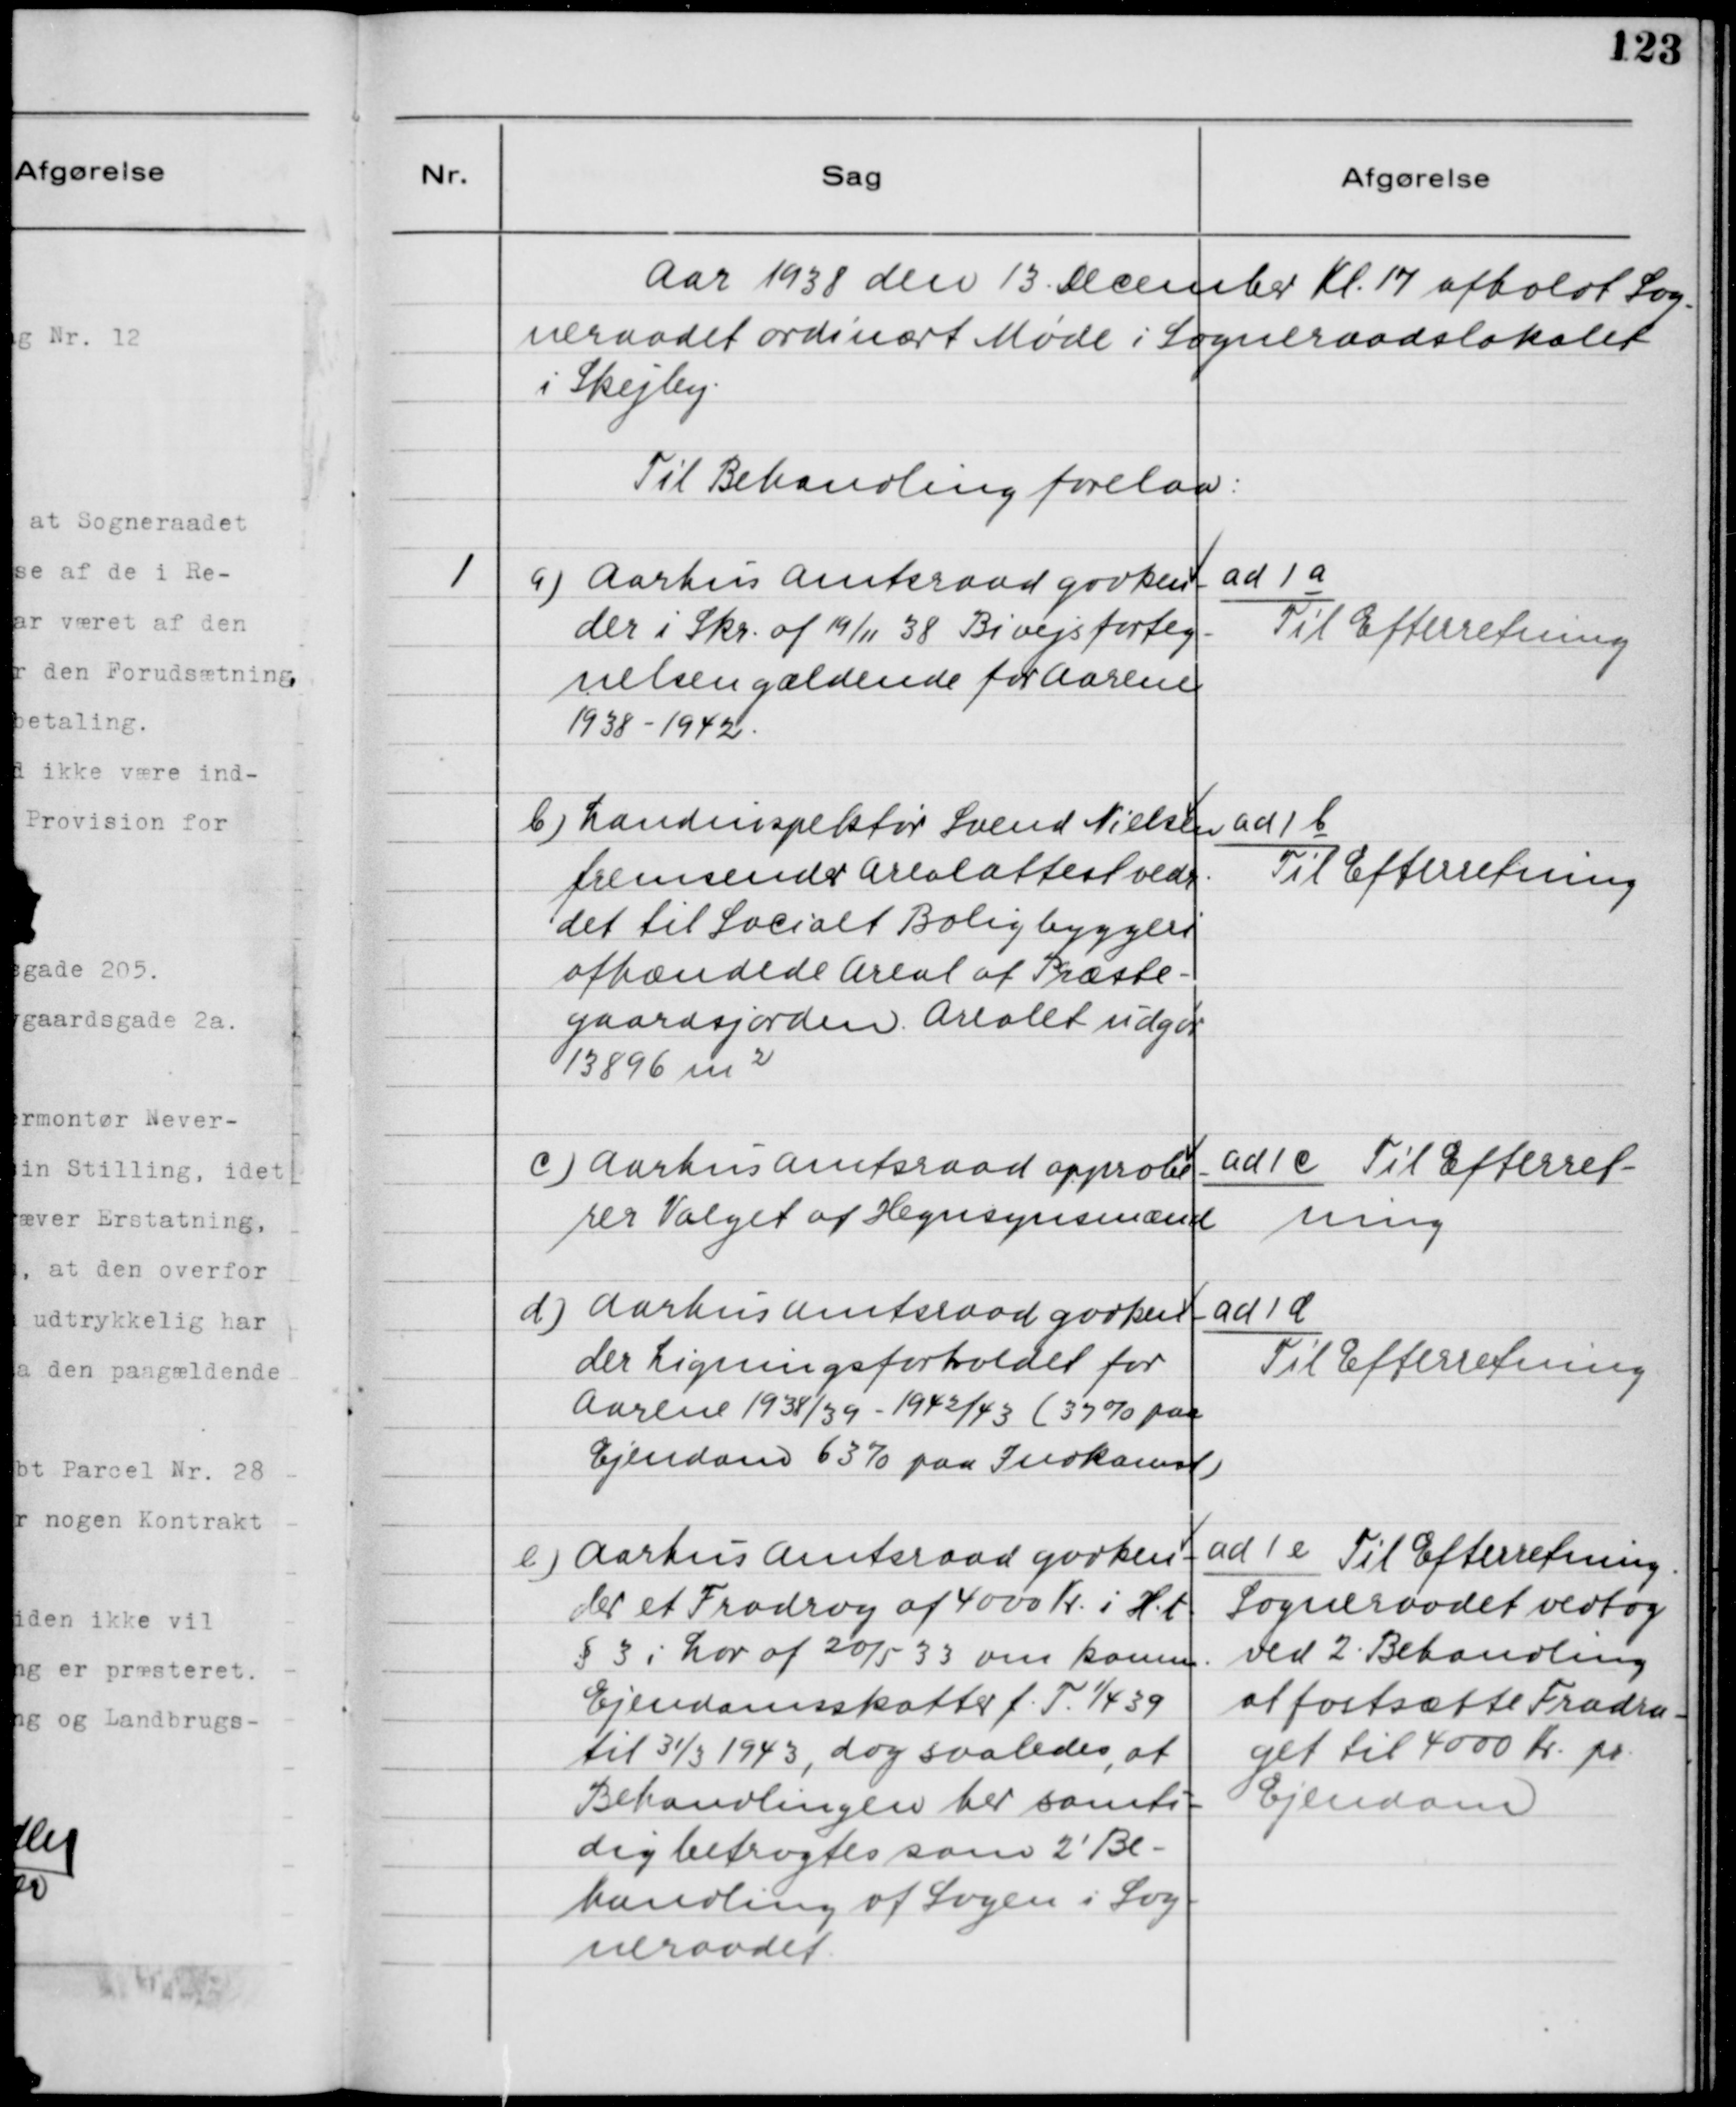
Transskription:
Aar 1938 den 13. December Kl. 17 afholdt Sog-
neraadet ordinært Møde i Sogneraadslokalet
i Skejby.
Til Behandling forelaa:

1. a) Aarhus Amtsraad godken-
der i Skr. af 19/11 38 Bivejsforteg-
nelsen gældende for Aarene
1938-1942.

ad 1 a
Til Efterretning.

b) Landinspektør Svend Nielsen
fremsender Arealattest vedr.
det til Socialt Boligbyggeri
afhændede Areal af Præste-
gaardsjorden. Arealet udgør
13896 m2.

ad 1 b
Til Efterretning

c) Aarhus Amtsraad approbe-
rer Valget af Hegnssynsmænd.

ad 1 c Til Efterret-
ning

d) Aarhus Amtsraad godkend-
der Ligningsforholdet for
Aarene 1938/39 - 1942/43 (37% paa
Ejendom 63% paa Indkomst.

ad d
Til Efterretning

e) Aarhus Amtsraad godken-
der et Fradrag af 4000 Kr. i H.t.
§3 i Lov af 20/5 33 om Komm.
Ejendomsskatter f. T. 1/4 39
til 31/3 1943, dog saaledes, at
Behandlingen her samti-
dig betragtes som 2' Be-
handling af Sagen i Sog-
neraadet.

ad 1 e Til Efterretning.
Sogneraadet vedtog
ved 2' Behandling
at fastsætte Fradra-
get til 4000 Kr. pr.
Ejendom.